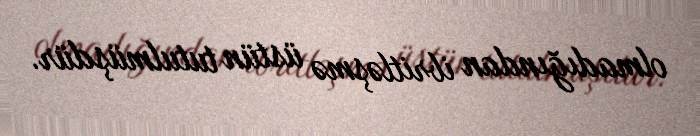
olmadığından ibritləşmə üstün tutulmüşdür.